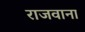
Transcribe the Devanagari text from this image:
राजवाना